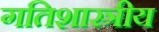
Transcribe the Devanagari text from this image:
गतिशास्त्रीय